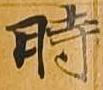
時